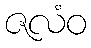
ဇလံဝ